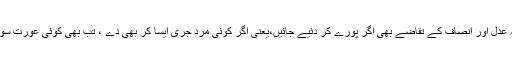
ویسے سچی بات تو یہ ہے کہ عدل اور انصاف کے تقاضے بھی اگر پورے کر دئیے جائیں‌،یعنی اگر کوئی مرد جری ایسا کر بھی دے ، تب بھی کوئی عورت سوکن کو برداشت نہیں‌کرے گی۔